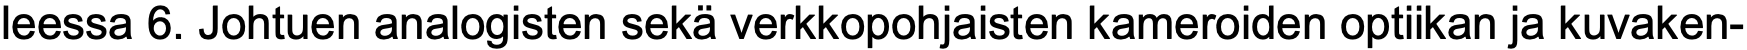
leessa 6. Johtuen analogisten sekä verkkopohjaisten kameroiden optiikan ja kuvaken-